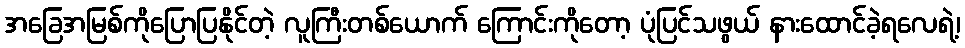
အခြေအမြစ်ကိုပြောပြနိုင်တဲ့ လူကြီးတစ်ယောက် ကြောင်းကိုတော့ ပုံပြင်သဖွယ် နားထောင်ခဲ့ရလေရဲ့၊